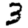
Digit: 3